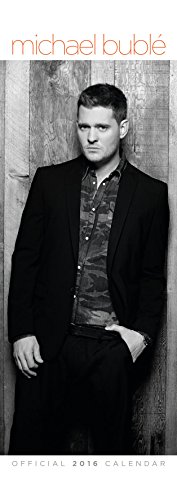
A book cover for The Official Michael Buble 2016 Slim Calendar; Calendars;